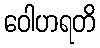
ဝေါဟရတိ